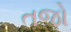
તજો